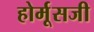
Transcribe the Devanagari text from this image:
होर्मूसजी